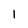
Character: 1